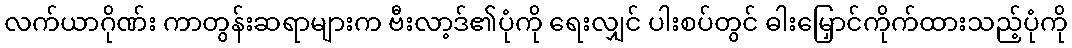
လက်ယာဂိုဏ်း ကာတွန်းဆရာများက ဗီးလာ့ဒ်၏ပုံကို ရေးလျှင် ပါးစပ်တွင် ဓါးမြှောင်ကိုက်ထားသည့်ပုံကို